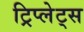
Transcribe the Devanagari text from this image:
ट्रिप्लेट्स